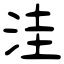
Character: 洼